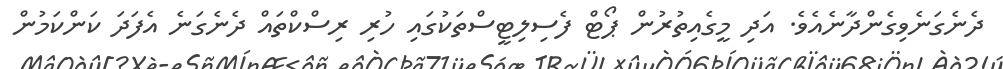
ދެނެގަނެވިގެންދާނެއެވެ. އަދި މީގެއިތުރުން ޕޯޓް ފެސިލިޓީސްތަކުގައި ހުރި ރިސްކްތައް ދެނެގަނެ އެފަދަ ކަންކަމުން